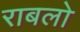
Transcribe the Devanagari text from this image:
राबलो